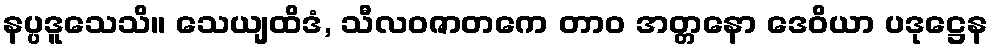
နပ္ပဒူသေသိ။ သေယျထိဒံ, သီလဝဇာတကေ တာဝ အတ္တနော ဒေဝိယာ ပဒုဋ္ဌေန